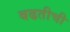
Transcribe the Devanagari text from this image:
बढतीची